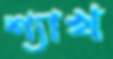
শ্যাখ